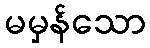
မမှန်သော